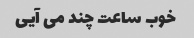
خوب ساعت چند می آیی